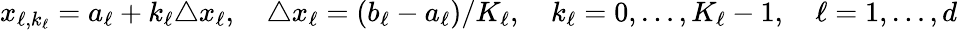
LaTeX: x_{\ell,k_{\ell}}=a_{\ell}+k_{\ell}\triangle x_{\ell},\quad\triangle x_{\ell}=(b_{\ell}-a_{\ell})/K_{\ell},\quad k_{\ell}=0,\dots,K_{\ell}-1,\quad\ell=1,\dots,d